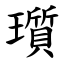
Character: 瓆